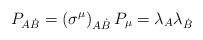
\begin{align*}P_{A\dot{B}} = \left(\sigma^{\mu}\right)_{A\dot{B}} P_{\mu} = \lambda_{A}\lambda_{\dot{B}}\end{align*}